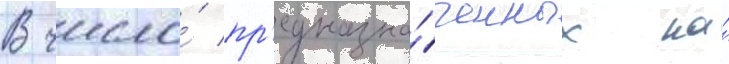
В число́ пр'едназна́ченных на́